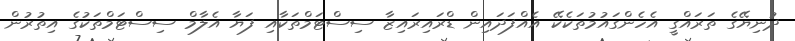
ދުނިޔޭގެ ތަރައްގީ އެހެންގައުމުތަކެކޭ އެއްފަދައިން ޑްރައިރައިޒާ ސިސްޓަމްތަކާއި ފަޔާ އެލާމް ސިސްޓަމްތަކުގެ އިތުރުން